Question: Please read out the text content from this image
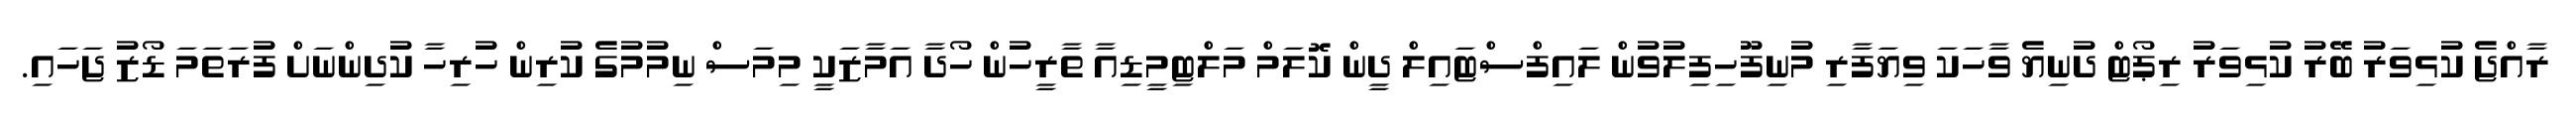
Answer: ރާއްޖެ ކުޅިވަރު ބޭރު ކުޅިވަރު ރިޕޯޓް ދުނިޔެ ވާހަކަ ވިޔަފާރި މުނިފޫހިފިލުވުން ލައިފްސްޓައިލް ދީން ކޮލަމް މަލްޓިމީޑިއާ ތާރީހުން ހޯދާ އަމާޒަކީ މިމަސް ނިމުމުގެ ކުރިން ހުރިހާ ކުދިންނަށް ފުރަތަމަ ޑޯޒު ޖަހައި.